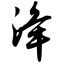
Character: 洚